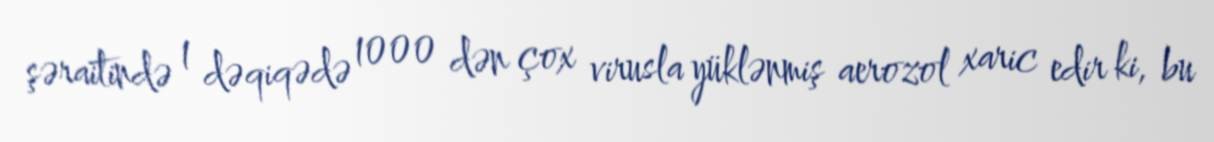
şəraitində 1 dəqiqədə 1000 dən çox virusla yüklənmiş aerozol xaric edir ki, bu